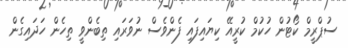
ސުޕްރީމް ކޯޓުން ހުކުމް ކުރީއޭ ކިޔައިފައި ފެންވެސް ނުވަރައި ތިބެންވީ ތިހެން ހަދައިގެން